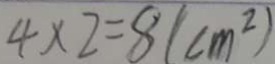
4 \times 2 = 8 ( c m ^ { 2 } )